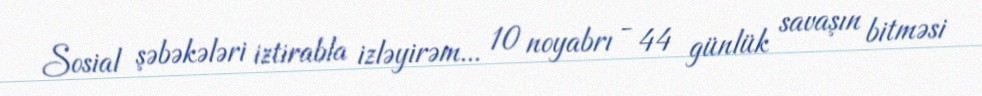
Sosial şəbəkələri iztirabla izləyirəm... 10 noyabrı - 44 günlük savaşın bitməsi